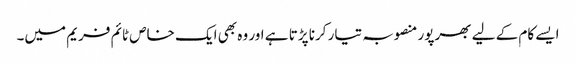
ایسے کام کے لیے بھرپور منصوبہ تیار کرنا پڑتا ہے اور وہ بھی ایک خاص ٹائم فریم میں۔